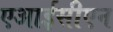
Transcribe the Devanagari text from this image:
एआईसीएन